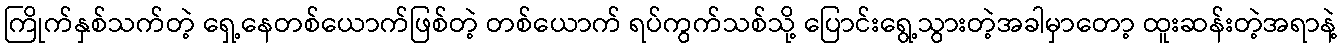
ကြိုက်နှစ်သက်တဲ့ ရှေ့နေတစ်ယောက်ဖြစ်တဲ့ တစ်ယောက် ရပ်ကွက်သစ်သို့ ပြောင်းရွေ့သွားတဲ့အခါမှာတော့ ထူးဆန်းတဲ့အရာနဲ့